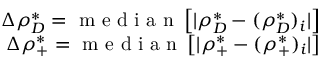
\begin{array} { r } { \Delta \rho _ { D } ^ { * } = \mathrm { ~ m ~ e ~ d ~ i ~ a ~ n ~ } \left[ | \rho _ { D } ^ { * } - ( \rho _ { D } ^ { * } ) _ { i } | \right] } \\ { \Delta \rho _ { + } ^ { * } = \mathrm { ~ m ~ e ~ d ~ i ~ a ~ n ~ } \left[ | \rho _ { + } ^ { * } - ( \rho _ { + } ^ { * } ) _ { i } | \right] } \end{array}